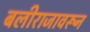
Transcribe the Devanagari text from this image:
बलीराजावरून